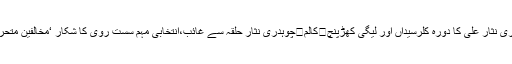
کالم	ویلنٹائن ڈے	کالم	ضرورت بنیادیں درست کرنے کی ہے	کالم	چوپدری نثار علی کا دورہ کلرسیداں اور لیگی کھڑپنچ	کالم	چوہدری نثار حلقہ سے غائب،انتخابی مہم سست روی کا شکار ‘مخالفین متحرک ہوگئے	کالم	بلا عنوان	کالم	مذاکرات کی پیشکش یا نئے کھیل کا آغاز۔